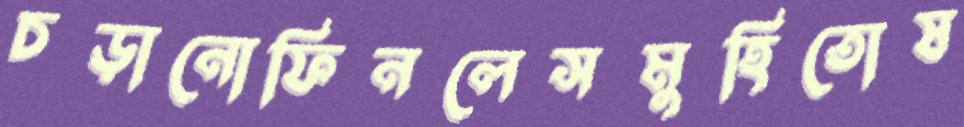
চড়ানোফিনলেসমুহিতোষ